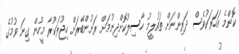
ކޮންމެ އަހަރަކުވެސް ދަރިންނަށް ތައުލީމު ހާސިލުކޮށްދިނުމަށް ރަށުންބޭރަށް ހިޖުރަކުރާ މީހުން ގިނަ ވުމުގެ